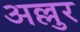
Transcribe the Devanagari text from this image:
अल्लुर